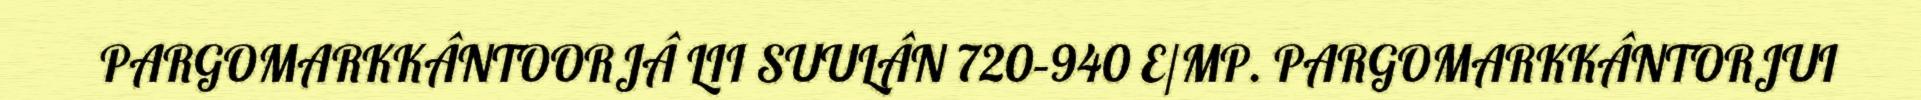
PARGOMARKKÂNTOORJÂ LII SUULÂN 720–940 E/MP. PARGOMARKKÂNTORJUI